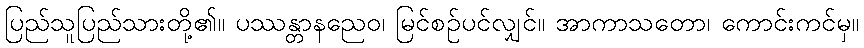
ပြည်သူပြည်သားတို့၏။ ပဿန္တာနညေဝ၊ မြင်စဉ်ပင်လျှင်။ အာကာသတော၊ ကောင်းကင်မှ။